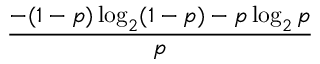
\frac { - ( 1 - p ) \log _ { 2 } ( 1 - p ) - p \log _ { 2 } p } { p }